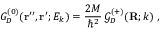
G _ { D } ^ { ( 0 ) } ( { \bf r ^ { \prime \prime } } , { \bf r ^ { \prime } } ; E _ { k } ) = \frac { 2 M } { \hbar ^ { 2 } } \, { \mathcal G } _ { D } ^ { ( + ) } ( { \bf R } ; k ) \; ,